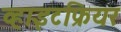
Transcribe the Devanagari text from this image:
व्हाइटफ्रियर